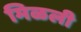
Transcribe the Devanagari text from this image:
मिळली